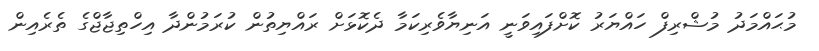
މުޙައްމަދު މުޝްރިފް ހައްޔަރު ކޮށްފައިވަނީ އަނިޔާވެރިކަމާ ދެކޮޅަށް ރައްޔިތުން ކުރަމުންދާ އިހްތިޖާޖްގެ ތެރެއިން